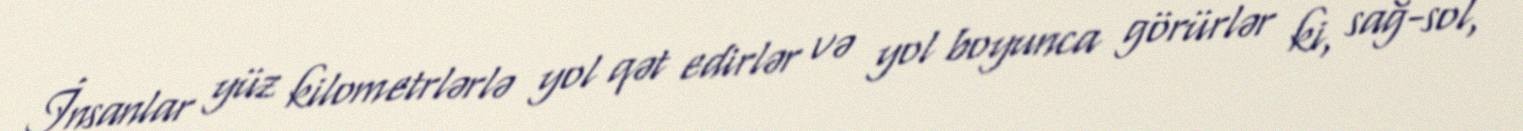
İnsanlar yüz kilometrlərlə yol qət edirlər və yol boyunca görürlər ki, sağ-sol,